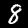
Label: 8